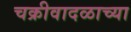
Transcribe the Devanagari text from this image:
चक्रीवादळाच्या